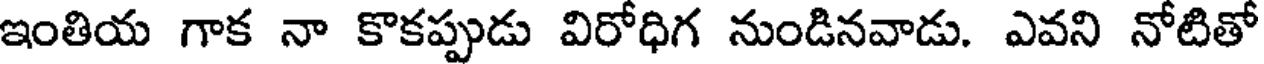
ఇంతియ గాక నా కొకప్పుడు విరోధిగ నుండినవాడు. ఎవని నోటితో